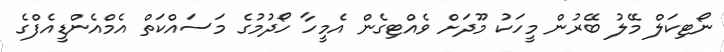
ނޯޓިކަލް މޭލު ބޭރުން މީހަކު މޫދަށް ވެއްޓިގެން އެމީހާ ހޯދުމުގެ މަސައްކަތް އެމްއެންޑީއެފްގެ